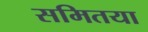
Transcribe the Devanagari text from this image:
समितया